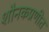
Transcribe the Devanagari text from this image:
शौनकप्रणीत